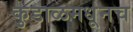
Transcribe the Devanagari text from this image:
कुडाळमधूनच